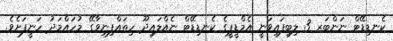
ކެނޑިޑޭޓް ނަންބަރ 3 ލިބިފައިވަނީ އެމްޑީޕީގެ ކެނޑިޑޭޓް ނެއްލައިދޫ ހިތައްފިނިވާގޭ މުހައްމަދު ހަނީފަށެވެ.